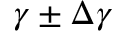
\gamma \pm \Delta \gamma